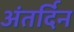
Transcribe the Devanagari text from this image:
अंतर्दिन